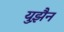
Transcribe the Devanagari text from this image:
युझ़ैन